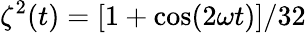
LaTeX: \zeta^{2}(t)=[1+\cos(2\omega t)]/32